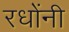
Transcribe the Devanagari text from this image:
रधोंनी